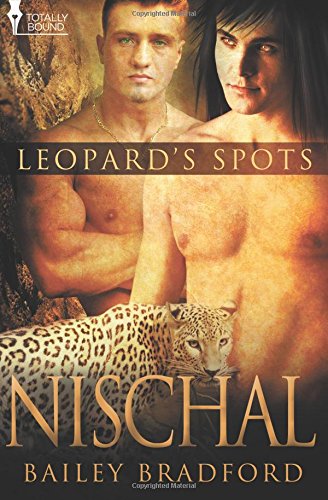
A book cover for Nischal (Leopard's Spot) (Volume 9); Bailey Bradford; Romance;